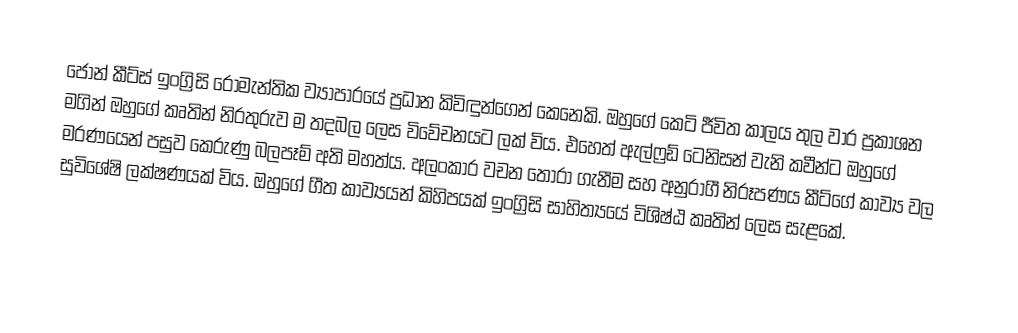
ජෝන් කීට්ස් ඉංග්‍රිසි රොමැන්තික ව්‍යාපාරයේ ප්‍රධාන කිවිඳුන්ගෙන් කෙනෙකි. ඔහුගේ කෙටි ජීවිත කාලය තුල වාර ප්‍රකාශන මගින් ඔහුගේ කෘතින් නිරතුරුව ම තදබල ලෙස විවේචනයට ලක් විය. එහෙත් ඇල්ෆ්‍රඩ් ටෙනිසන් වැනි කවීන්ට ඔහුගේ මරණයෙන් පසුව කෙරුණු බලපෑම් අති මහත්ය. අලංකාර වචන තෝරා ගැනීම සහ අනුරාගී නිරූපණය කීට්ගේ කාව්‍ය වල සුවිශේෂි ලක්ෂණයක් විය. ඔහුගේ ගීත කාව්‍යයන් කිහිපයක් ඉංග්‍රිසි සාහිත්‍යයේ විශිෂ්ඨ කෘතින් ලෙස සැළකේ.